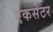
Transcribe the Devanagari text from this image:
एकसेटर